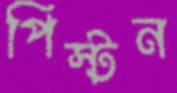
পিস্টন